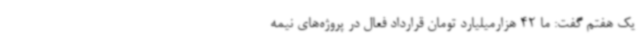
یک هفتم گفت: ما 42 هزارمیلیارد تومان قرارداد فعال در پروژه‌های نیمه